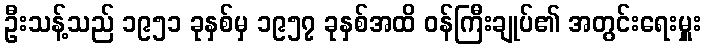
ဦးသန့်သည် ၁၉၅၁ ခုနှစ်မှ ၁၉၅၇ ခုနှစ်အထိ ဝန်ကြီးချုပ်၏ အတွင်းရေးမှူး